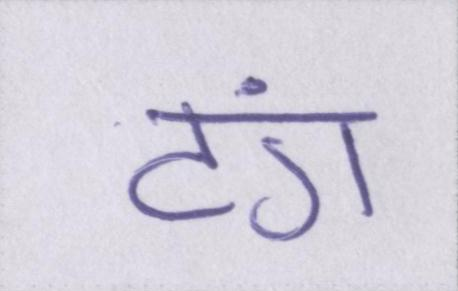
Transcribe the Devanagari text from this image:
टंग